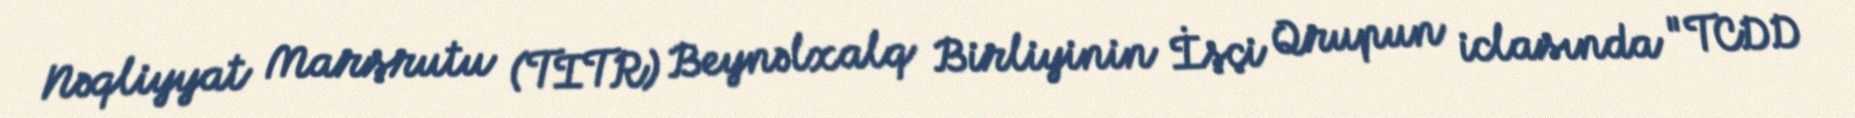
Nəqliyyat Marşrutu (TITR) Beynəlxalq Birliyinin İşçi Qrupun iclasında "TCDD